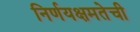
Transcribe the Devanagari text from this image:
निर्णयक्षमतेची